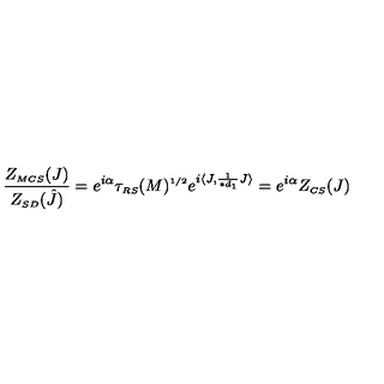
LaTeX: \frac { Z _ { \scriptscriptstyle M C S } ( J ) } { Z _ { \scriptscriptstyle S D } ( \hat { J } ) } = e ^ { i \alpha } \tau _ { \scriptscriptstyle R S } ( M ) ^ { \scriptscriptstyle 1 / 2 } e ^ { i \langle J , \frac { 1 } { \ast d _ { \scriptscriptstyle 1 } } J \rangle } = e ^ { i \alpha } Z _ { \scriptscriptstyle C S } ( J )